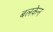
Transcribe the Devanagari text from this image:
बलकेन